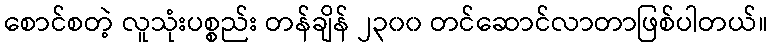
စောင်စတဲ့ လူသုံးပစ္စည်း တန်ချိန် ၂၃၀၀ တင်ဆောင်လာတာဖြစ်ပါတယ်။